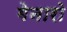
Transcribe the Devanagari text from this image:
गेनारो